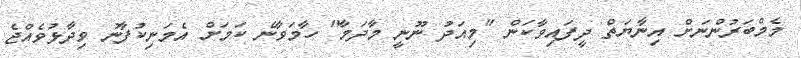
މެމްބަރުންނަށް އިނާޔަތް ދީފައިވާކަން "މިއަދު ނޫނީ މާދަމާ" ހާމަވާނެ ކަމަށް އެމަނިކުފާނު ވިދާޅުވެއްޖެ